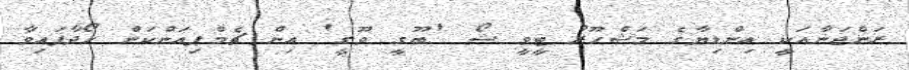
ރަންޖަނާއަކީ އިންޑިޔާގެ މަޝްހޫރު ޓީވީ ޝޯ 'ބޫގީ ވޫގީ' އިން ޗެމްޕިއަންކަން ހޯދާފައިވާ